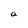
Character: a